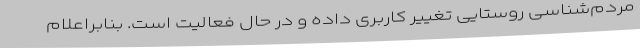
مردم‌شناسی روستایی تغییر کاربری داده و در حال فعالیت است. بنابراعلام